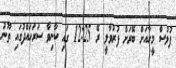
ފުލުސް މީހާއަށް ބޭރަށް ފުރުވާލީ ރޭ 12:25 ގައި ކާނިވާ ސަރަހައްދުގައި ތޫނު